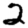
Digit: 2